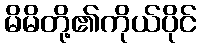
မိမိတို့၏ကိုယ်ပိုင်